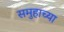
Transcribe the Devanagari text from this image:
समुहाच्या